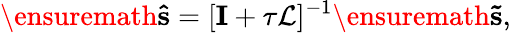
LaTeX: \ensuremath{\mathbf{\hat{s}}}=[{\mathbf I}+\tau\mathcal{L}]^{-1}\ensuremath{\mathbf{\tilde{s}}},